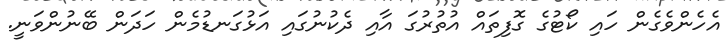
އެހެންވެގެން ހައި ކޯޓުގެ ގޮފިތައް އުތުރުގަ އާއި ދެކުނުގައި އަޅުގަނޑުމެން ހަދަން ބޭނުންވަނީ.